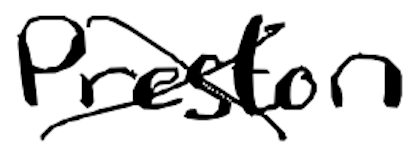
Text: Preston
Cross-out: mix
Writing tool: digital_black